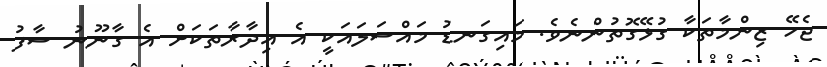
ޖެހޭ ޒިންމާތަކާ ގުޅޭގޮތުންނެވެ. މައިގަނޑު މައްސަލައަކީ އެ އިދާރާތަކަށް އެ ގާނޫނު ސާފު